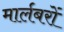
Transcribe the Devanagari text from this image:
मार्लबरों